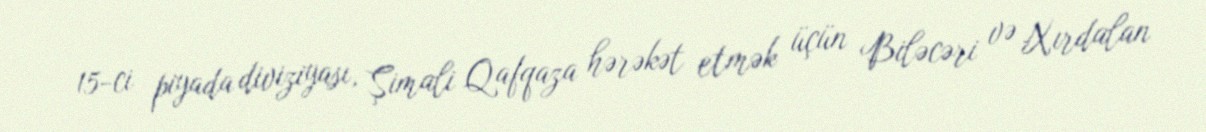
15-ci piyada diviziyası, Şimali Qafqaza hərəkət etmək üçün Biləcəri və Xırdalan